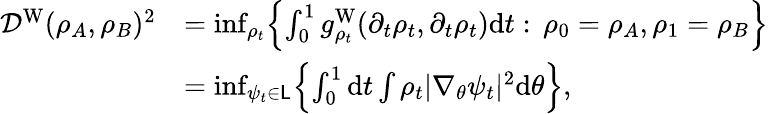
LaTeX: \begin{array}{rl}{\mathcal{D}^{\mathrm{W}}(\rho_{A},\rho_{B})^{2}}&{=\operatorname*{inf}_{\rho_{t}}\Bigl\{ \int_{0}^{1}g_{\rho_{t}}^{\mathrm{W}}(\partial_{t}{\rho}_{t},\partial_{t}{\rho}_{t})\mathrm{d}t:\, \rho_{0}=\rho_{A},\rho_{1}=\rho_{B}\Bigr\} }\\ &{=\operatorname*{inf}_{\psi_{t}\in\mathsf{L}}\Bigl\{ \int_{0}^{1}\mathrm{d}t\int\rho_{t}|\nabla_{\theta}\psi_{t}|^{2}\mathrm{d}\theta\Bigr\} ,}\end{array}